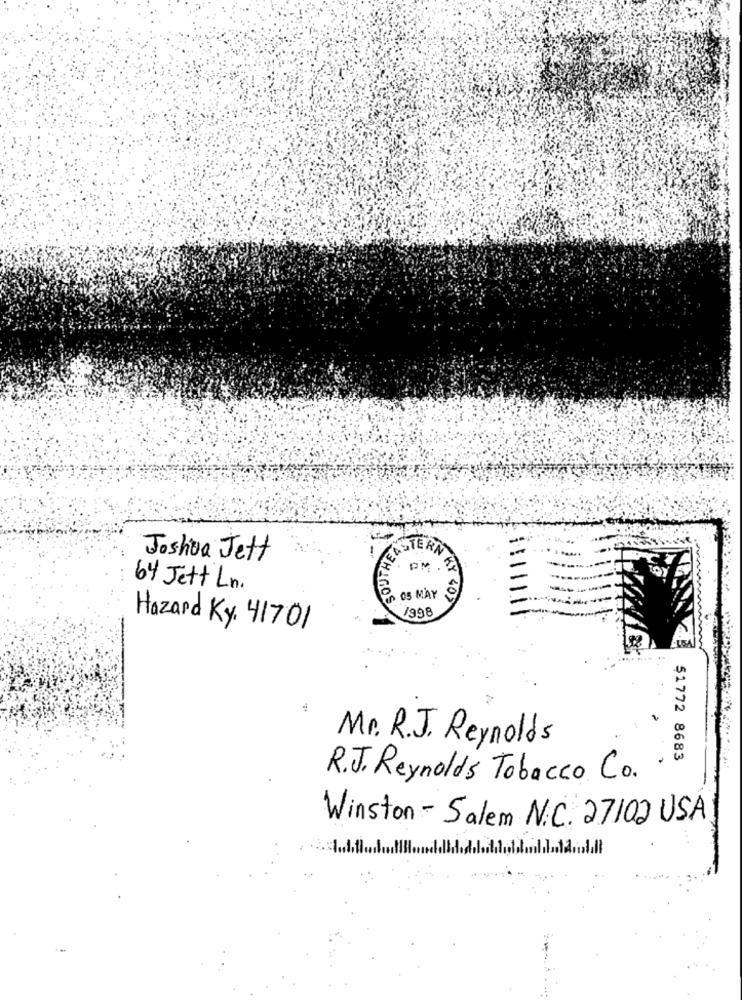
Joshua Jett
64 Jett Ln.
DEHIGOS
KY 40>
Hazard Ky. 41701
Mr. R.J. Reynolds
$1772 8683
R.J. Reynolds Tobacco Co.
Winston - Salem N.C. 27102 USA